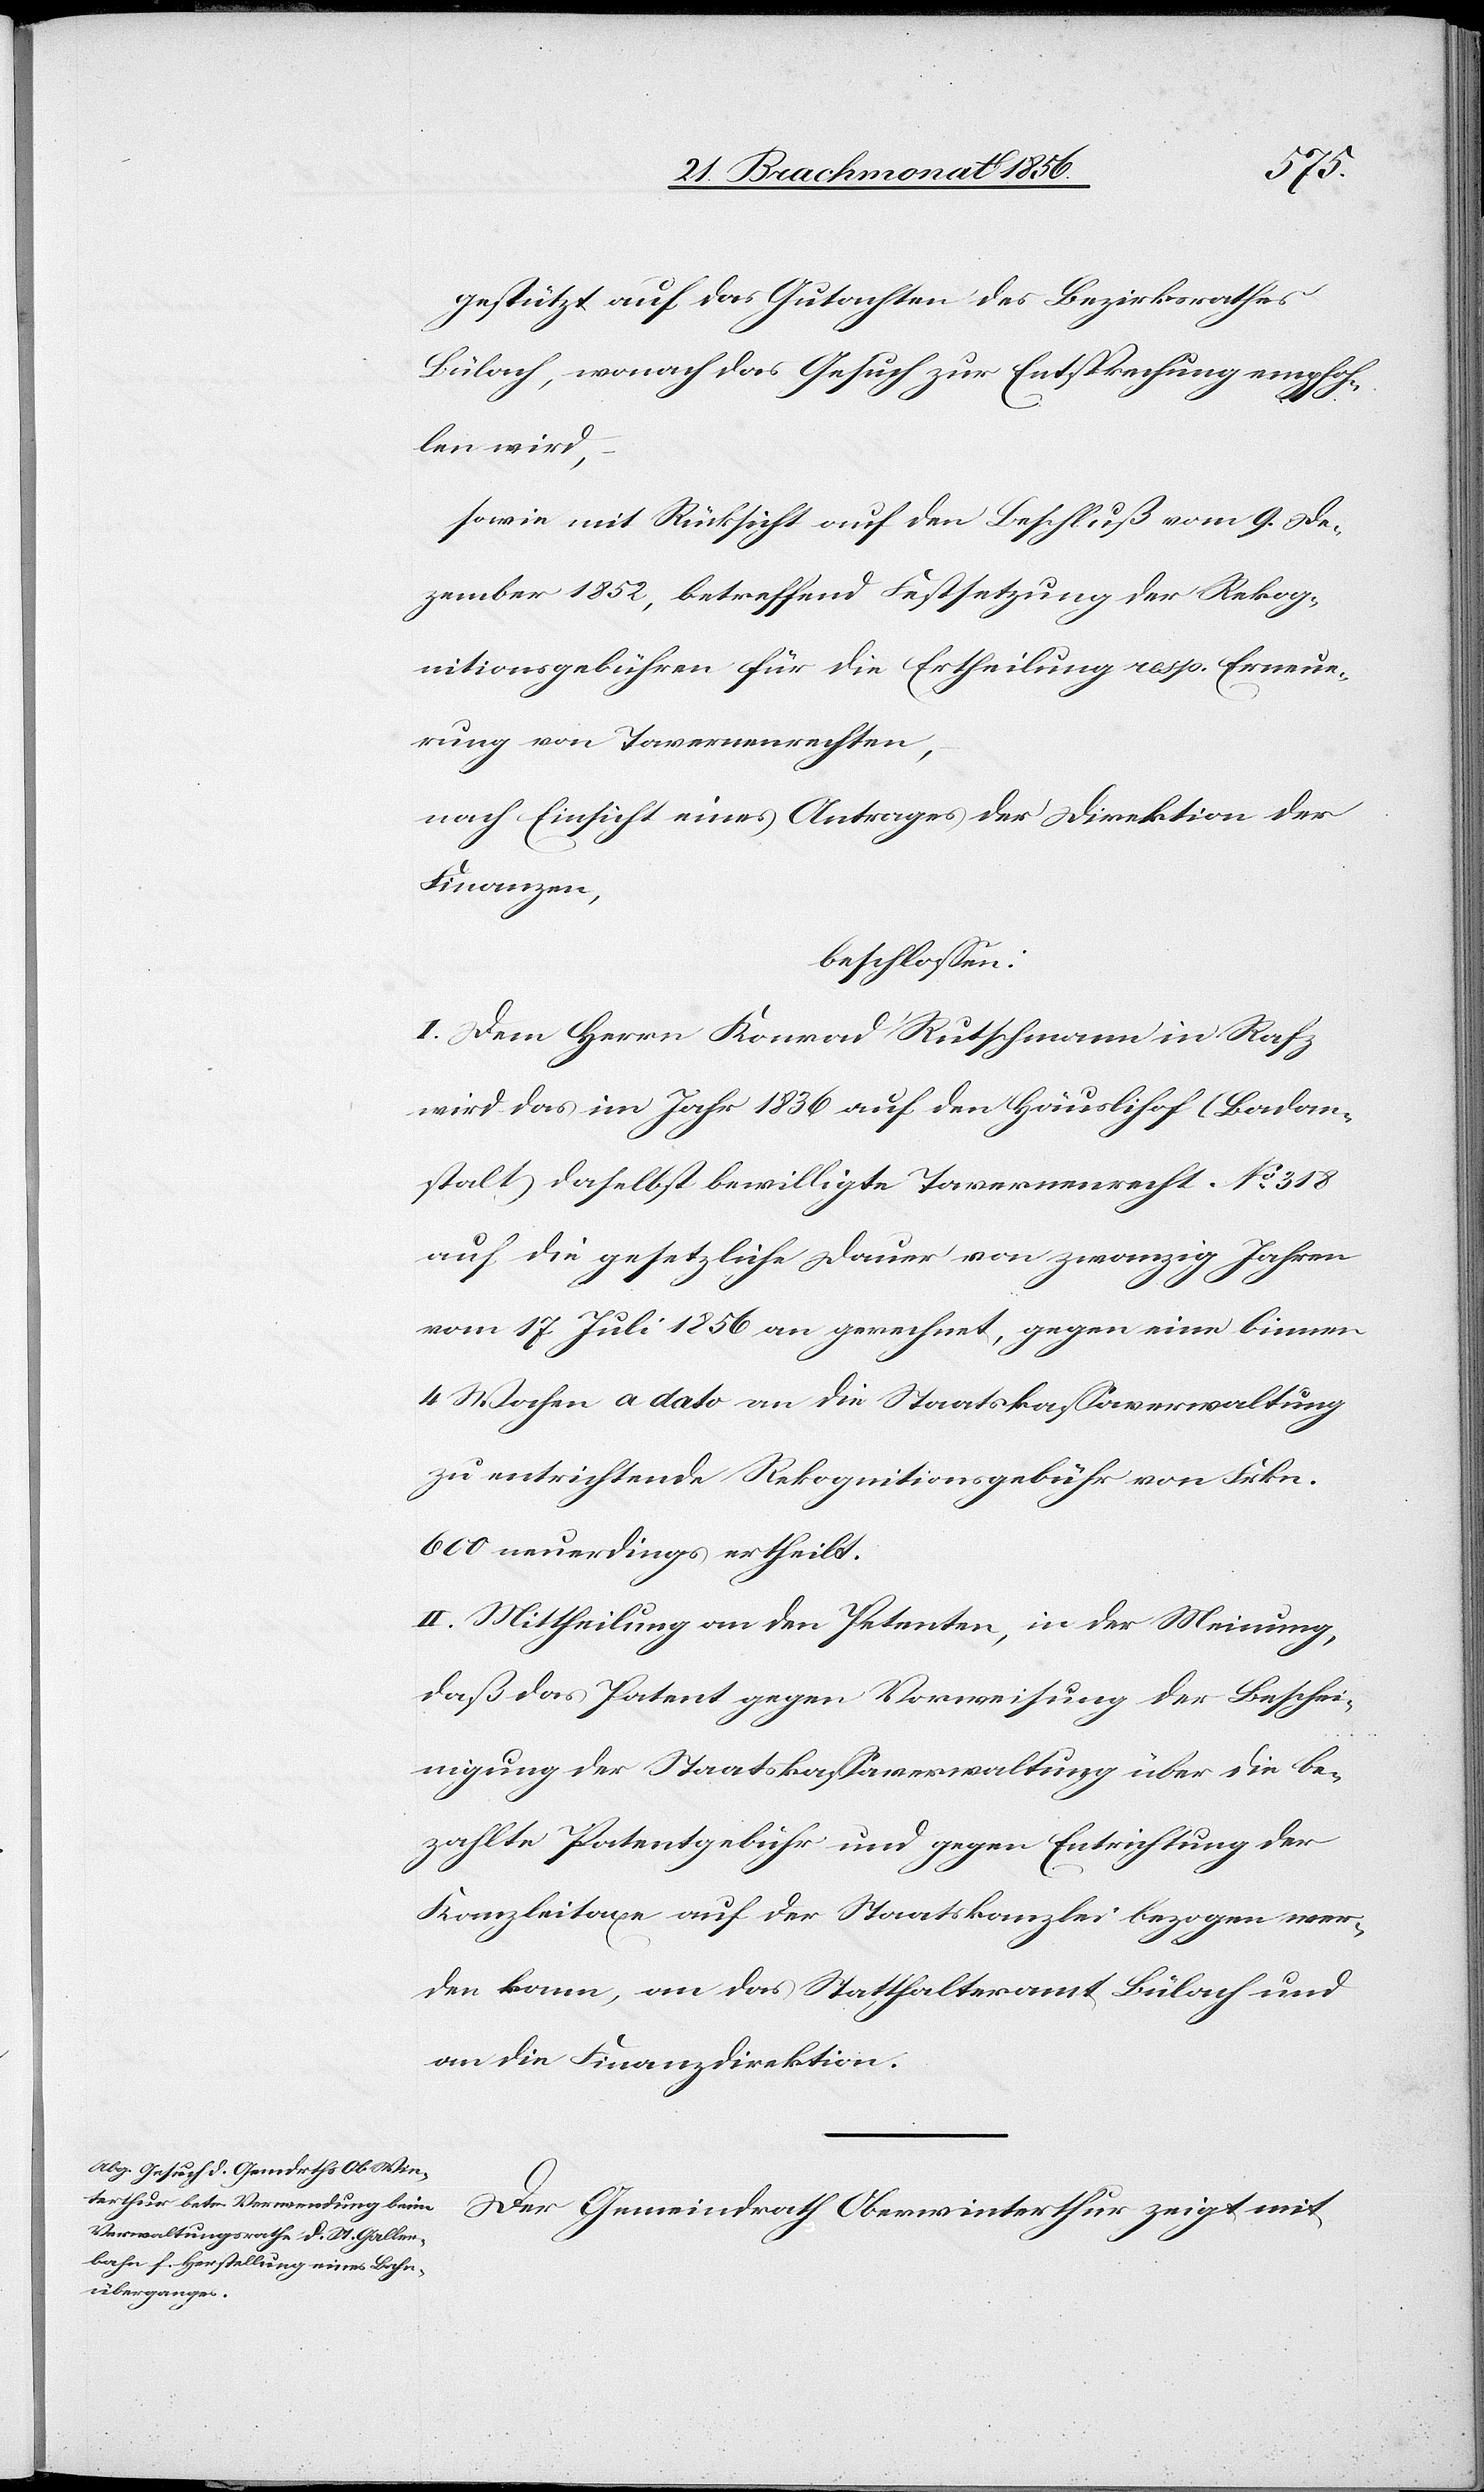
gestützt auf das Gutachten des Bezirksrathes
Bülach, wonach das Gesuch zur Entsprechung empfoh¬
len wird,
sowie mit Rücksicht auf den Beschluß vom 9. De¬
zember 1852, betreffend Festsetzung der Rekog¬
nitionsgebühren für die Ertheilung resp. Erneue¬
rung von Tavernenrechten,
nach Einsicht eines Antrages der Direktion der
Finanzen,
beschlossen:
I. Dem Herrn Konrad Rutschmann in Rafz
wird das im Jahr 1836 auf den Häuslihof (Badan¬
stalt) daselbst bewilligte Tavernenrecht No 318
auf die gesetzliche Dauer von zwanzig Jahren
vom 17 Juli 1856 an gerechnet, gegen eine binnen
4 Wochen a dato an die Staatskassaverwaltung
zu entrichtende Rekognitionsgebühr von Frkn.
600 neuerdings ertheilt.
II. Mittheilung an den Petenten, in der Meinung,
daß das Patent gegen Vorweisung der Beschei¬
nigung der Staatskassaverwaltung über die be¬
zahlte Patentgebühr und gegen Entrichtung der
Kanzleitaxe auf der Staatskanzlei bezogen wer¬
den kann, an das Statthalteramt Bülach und
an die Finanzdirektion.
Der Gemeindrath Oberwinterthur zeigt mit